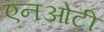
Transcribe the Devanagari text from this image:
एनओटी